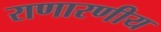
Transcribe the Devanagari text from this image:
राणारणीय